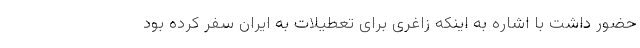
حضور داشت با اشاره به اینکه زاغری برای تعطیلات به ایران سفر کرده بود